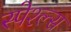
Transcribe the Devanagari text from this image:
स्पेश्ल्स